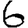
Digit: 6